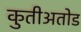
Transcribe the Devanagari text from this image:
कुतीअतोड